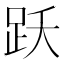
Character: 跃